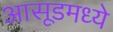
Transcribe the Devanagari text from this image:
आसूडमध्ये